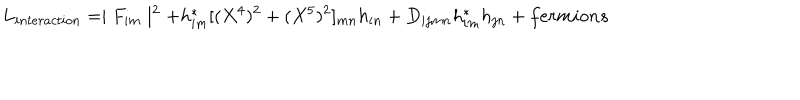
L _ { i n t e r a c t i o n } = \mid F _ { i m } \mid ^ { 2 } + h _ { i m } ^ { \ast } [ ( X ^ { 4 } ) ^ { 2 } + ( X ^ { 5 } ) ^ { 2 } ] _ { m n } h _ { i n } + D _ { i j m n } h _ { i m } ^ { \ast } h _ { j n } + f e r m i o n s